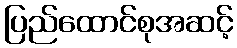
ပြည်ထောင်စုအဆင့်